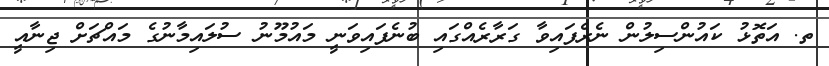
ތ. އަތޮޅު ކައުންސިލުން ނެރެފައިވާ ގަރާރެއްގައި ބުނެފައިވަނީ މައުމޫނު ސުލައިމާނުގެ މައްޗަށް ޖިނާއީ